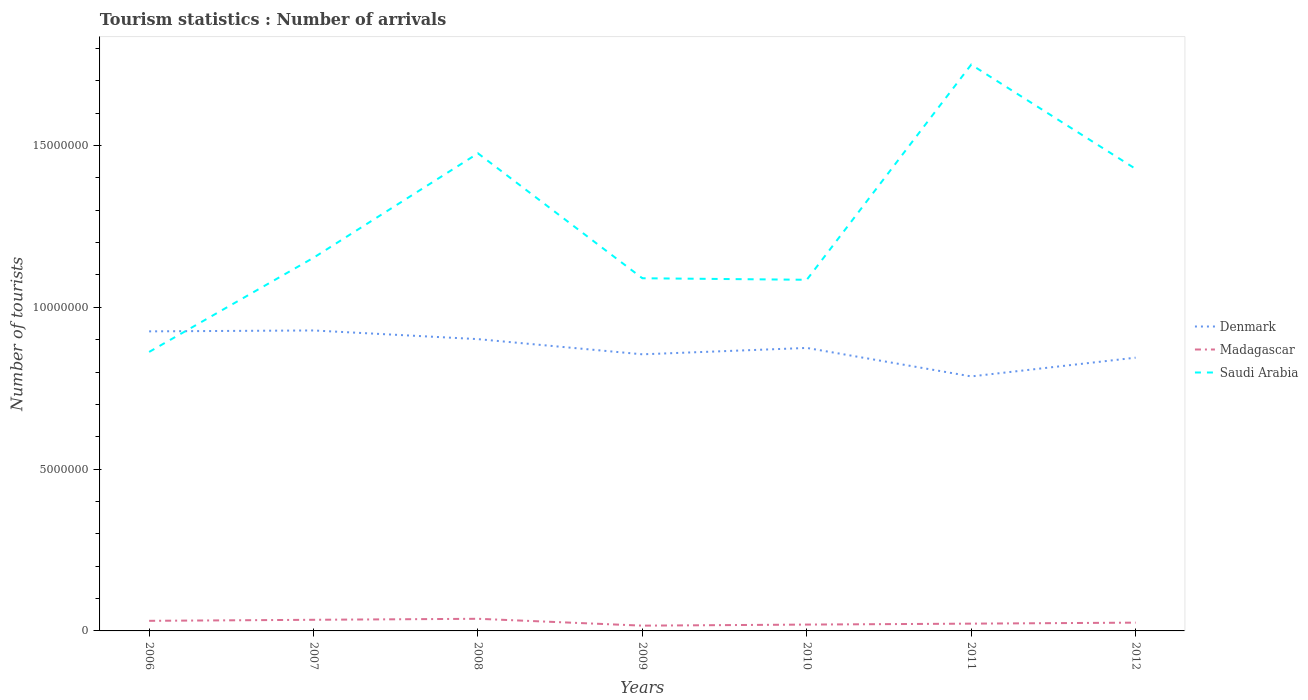
| Years | Denmark | Madagascar | Saudi Arabia |
 | --- | --- | --- | --- |
 | 2006 | 9.26e+06 | 3.12e+05 | 8.62e+06 |
 | 2007 | 9.28e+06 | 3.44e+05 | 1.15e+07 |
 | 2008 | 9.02e+06 | 3.75e+05 | 1.48e+07 |
 | 2009 | 8.55e+06 | 1.63e+05 | 1.09e+07 |
 | 2010 | 8.74e+06 | 1.96e+05 | 1.08e+07 |
 | 2011 | 7.86e+06 | 2.25e+05 | 1.75e+07 |
 | 2012 | 8.44e+06 | 2.56e+05 | 1.43e+07 |